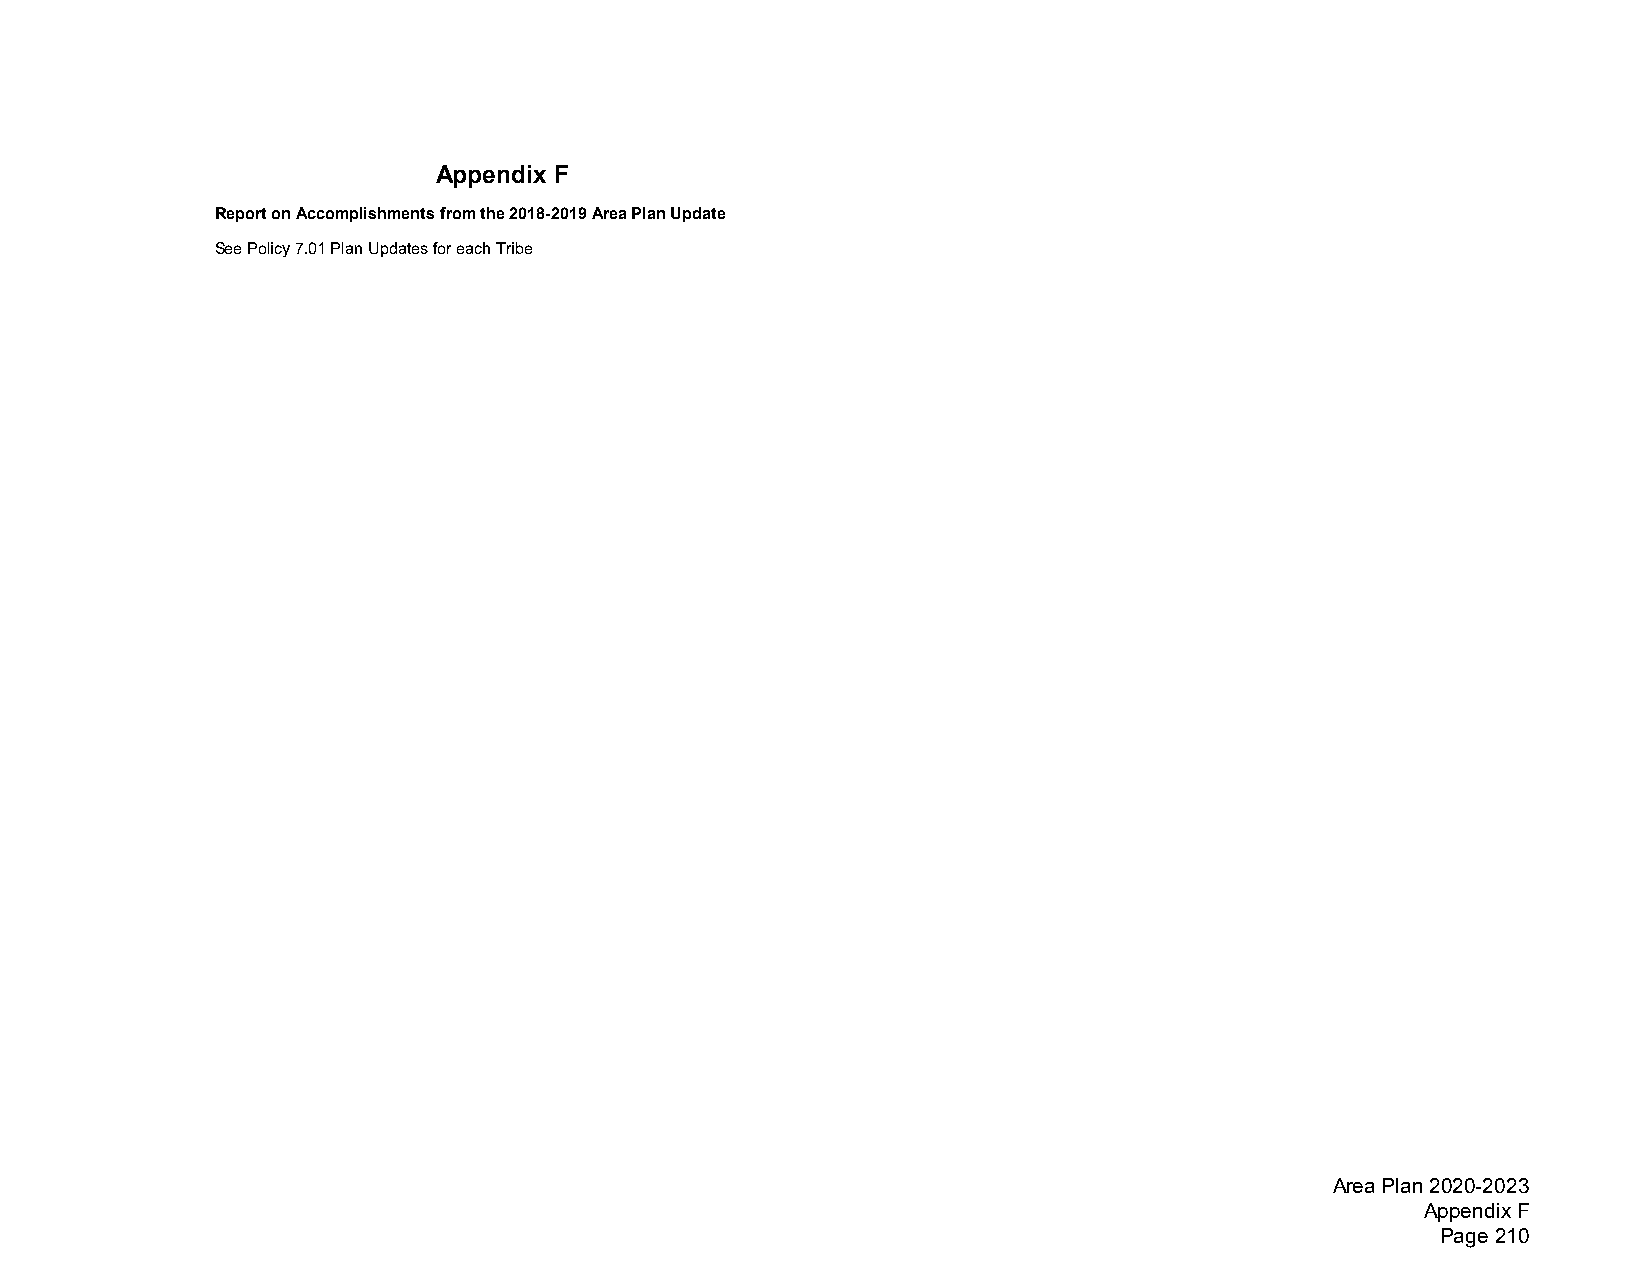
Appendix F
 Report on Accomplishments from the 2018-2019 Area Plan Update
 See Policy 7.01 Plan Updates for each Tribe
 Area Plan 2020-2023
 Appendix F
 Page 210